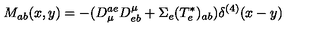
M _ { a b } ( x , y ) = - ( D _ { \mu } ^ { a e } D _ { e b } ^ { \mu } + \Sigma _ { e } ( T _ { e } ^ { \ast } ) _ { a b } ) \delta ^ { ( 4 ) } ( x - y )